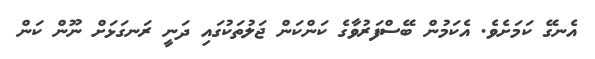
އެނގޭ ކަމަށެވެ. އެކަމުން ބޭސްފަރުވާގެ ކަންކަން ޖަލުތަކުގައި ދަނީ ރަނގަޅަށް ނޫން ކަން